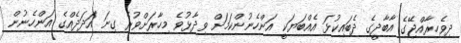
ދިވެހިރާއްޖޭގެ އާބާދީގެ ދެބައިކުޅަ އެއްބަޔަކީ އަންހެނުންކަމަށް ވިދާޅުވެ މިހާރަށްވުރެ ގިނަ އަދަދެއްގެ އަންހެނުން